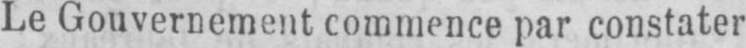
Le Gouvernement commence par constater